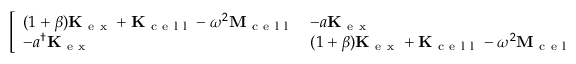
\left[ \begin{array} { l l } { ( 1 + \beta ) \mathbf { K } _ { \mathrm { ~ e ~ x ~ } } + \mathbf { K } _ { \mathrm { ~ c ~ e ~ l ~ l ~ } } - \omega ^ { 2 } \mathbf { M } _ { \mathrm { ~ c ~ e ~ l ~ l ~ } } } & { - a \mathbf { K } _ { \mathrm { ~ e ~ x ~ } } } \\ { - a ^ { \dagger } \mathbf { K } _ { \mathrm { ~ e ~ x ~ } } } & { ( 1 + \beta ) \mathbf { K } _ { \mathrm { ~ e ~ x ~ } } + \mathbf { K } _ { \mathrm { ~ c ~ e ~ l ~ l ~ } } - \omega ^ { 2 } \mathbf { M } _ { \mathrm { ~ c ~ e ~ l ~ l ~ } } } \end{array} \right] \left[ \begin{array} { l } { \hat { \mathbf { u } } _ { 0 } } \\ { \hat { \mathbf { u } } _ { 1 } } \end{array} \right] = \left[ \begin{array} { l } { \mathbf { 0 } } \\ { \mathbf { 0 } } \end{array} \right] \, .